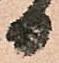
日